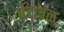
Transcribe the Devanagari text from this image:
बेटावळ